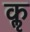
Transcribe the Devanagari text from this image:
कॢ